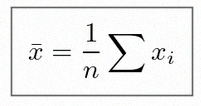
\bar{x}=\frac1n\sum x_i